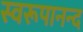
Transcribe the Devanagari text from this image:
स्वरूपानन्द